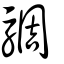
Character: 騆